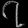
Digit: ၇